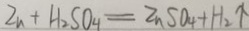
Z n + H _ { 2 } S O _ { 4 } = Z n S O _ { 4 } + H _ { 2 } \uparrow